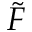
\tilde { F }